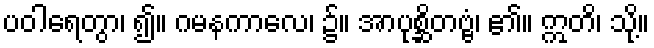
ပဝါရေတွာ၊ ၍။ ဂမနကာလေ၊ ၌။ အာပုစ္ဆိတဗ္ဗံ၊ ၏။ ဣတိ၊ သို့။